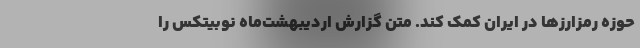
حوزه رمزارزها در ایران کمک کند. متن گزارش اردیبهشت‌ماه نوبیتکس را